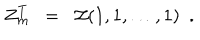
LaTeX: Z _ { m } ^ { T } ~ ~ = ~ ~ { \cal Z } ( 1 , 1 , \dots , 1 ) ~ ~ .